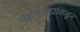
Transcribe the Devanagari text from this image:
नक्षलवाद्यांकडून